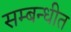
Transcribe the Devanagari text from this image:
सम्‍बन्‍धीत